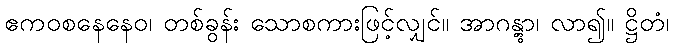
ဧကဝစနေနေဝ၊ တစ်ခွန်း သောစကားဖြင့်လျှင်။ အာဂန္တွာ၊ လာ၍။ ဋ္ဌိတံ၊